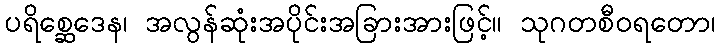
ပရိစ္ဆေဒေန၊ အလွန်ဆုံးအပိုင်းအခြားအားဖြင့်။ သုဂတစီဝရတော၊